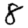
Digit: 8